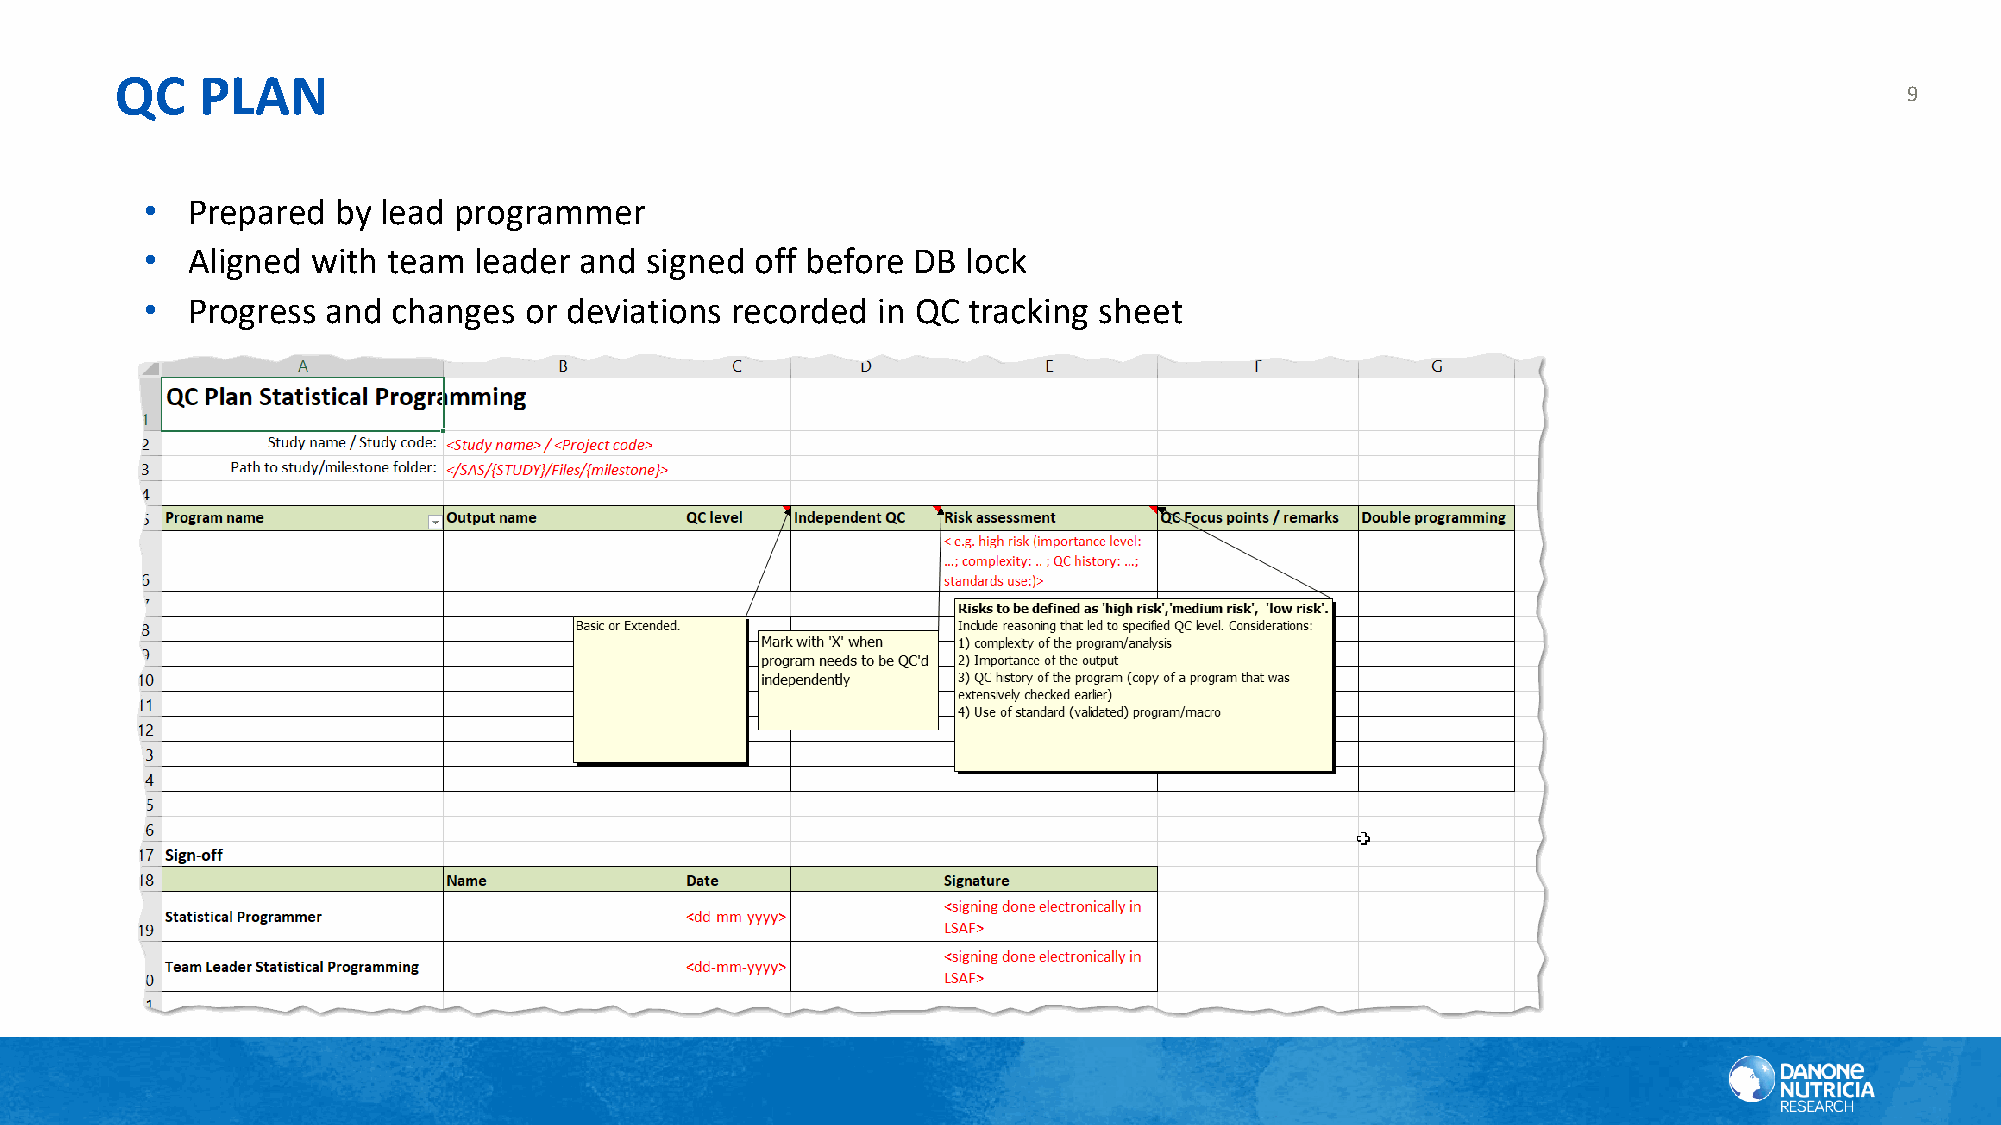
QC   PLAN
 9
 • Prepared  by lead programmer
 • Aligned  with team leader and  signed off before DB lock
 • Progress  and changes  or deviations recorded in QC tracking sheet